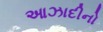
આઝાદીનો